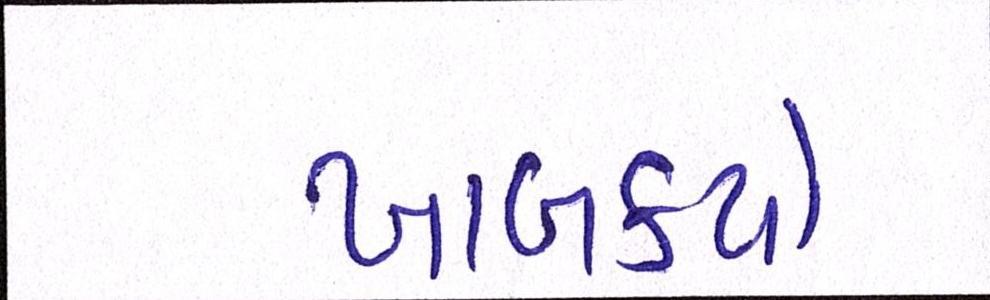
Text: ખાબક્યો